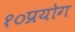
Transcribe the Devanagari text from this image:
१०प्रयोग